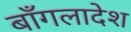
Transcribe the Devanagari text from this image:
बाँगलादेश